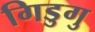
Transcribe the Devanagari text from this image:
गिडुगु